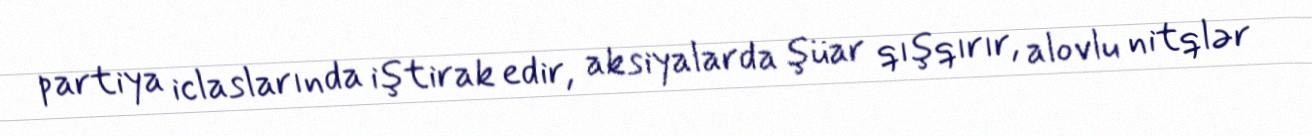
partiya iclaslarında iştirak edir, aksiyalarda şüar qışqırır, alovlu nitqlər